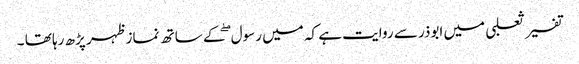
تفسیر ثعلبی میں ابوذر سے روایت ہے کہ میں رسول ۖکے ساتھ نماز ظہر پڑھ رہا تھا ۔